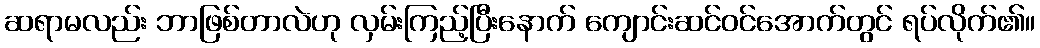
ဆရာမလည်း ဘာဖြစ်တာလဲဟု လှမ်းကြည့်ပြီးနောက် ကျောင်းဆင်ဝင်အောက်တွင် ရပ်လိုက်၏။